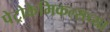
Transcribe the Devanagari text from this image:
पेट्रोकेमिकल्सच्या